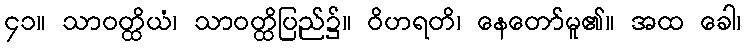
၄၁။ သာဝတ္ထိယံ၊ သာဝတ္ထိပြည်၌။ ဝိဟရတိ၊ နေတော်မူ၏။ အထ ခေါ၊